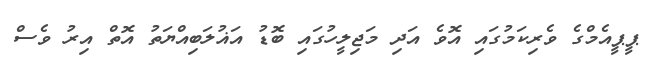
ޕީޕީއެމްގެ ވެރިިކަމުގައި އޮވެ އަދި މަޖިލީހުގައި ބޮޑު އަޣުލަބިއްޔަތު އޮތް އިރު ވެސް